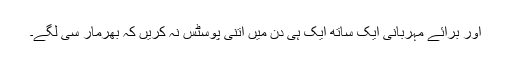
اور برائے مہربانی ایک ساتھ ایک ہی دن میں اتنی پوسٹس نہ کریں کہ بھرمار سی لگے۔